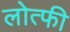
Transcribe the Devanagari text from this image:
लोत्फी